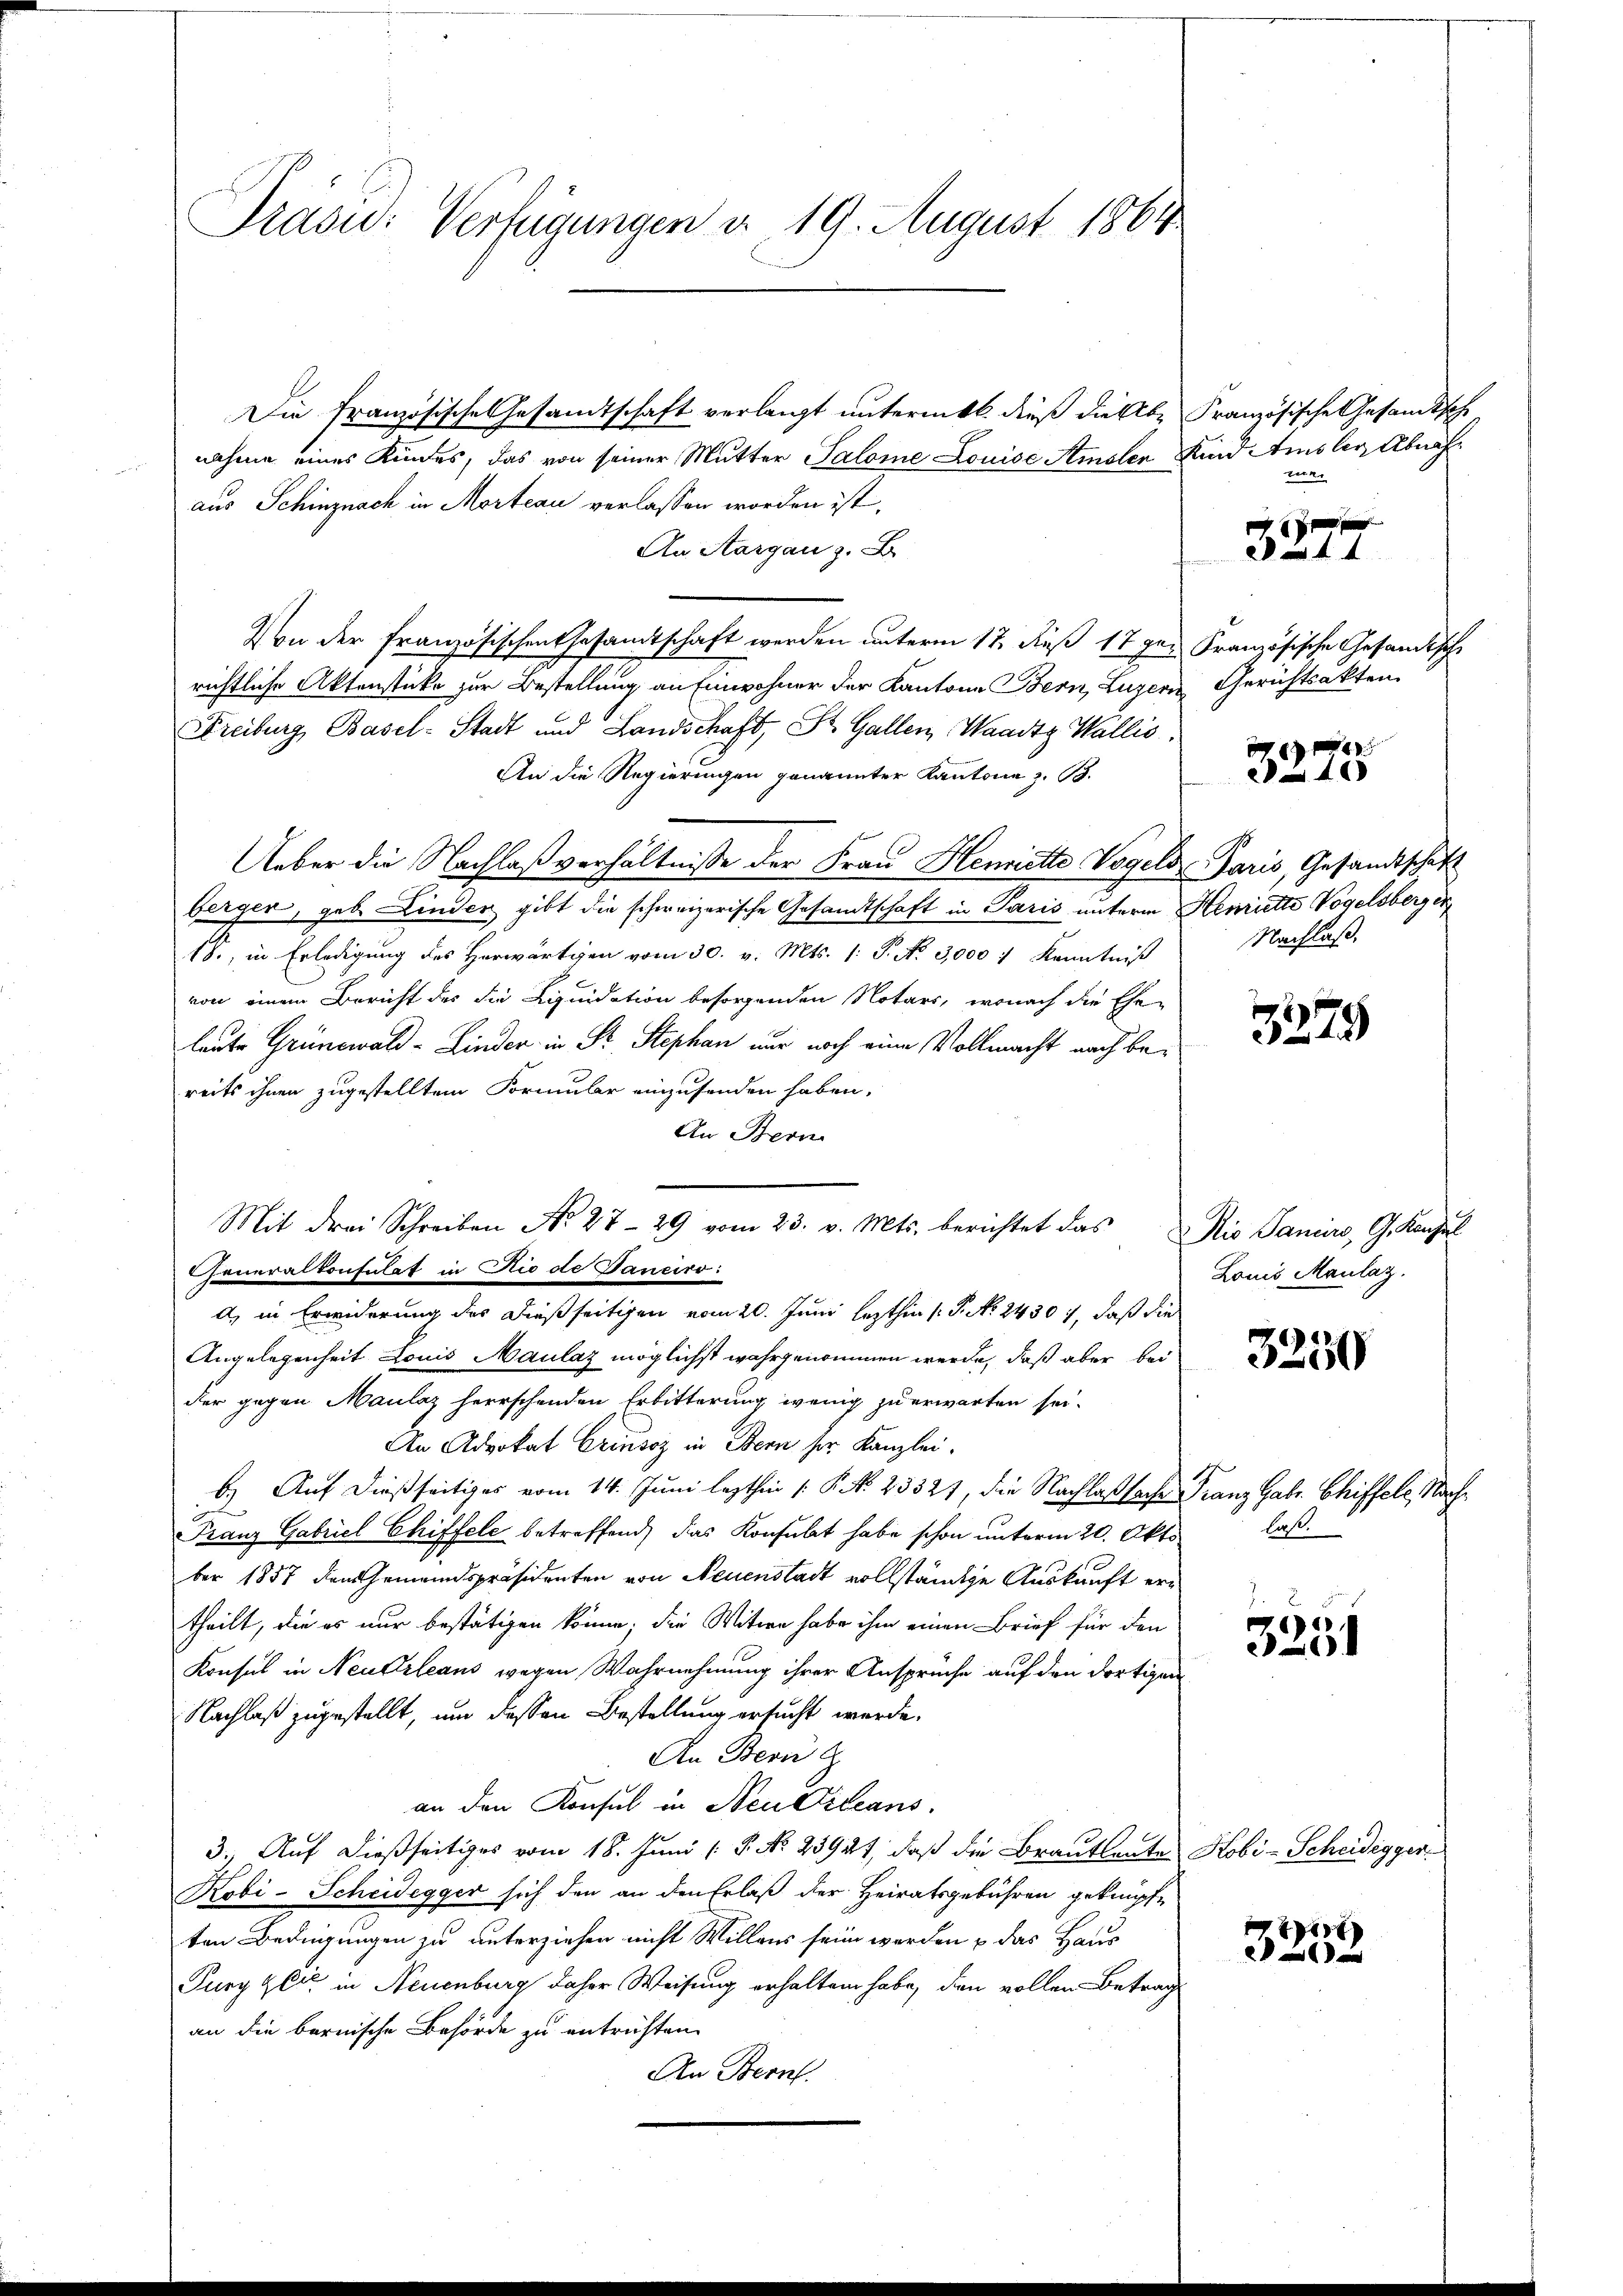
Präsid.: Verfügungen d. 19. August 1864

Die Französische Gesandtschaft verlangt untermitl. dieß dieselbe Französische Gesandtsch
nahme eines Kindes, das von seiner Mutter Salome Louise Amsler Kind Amsler Abnahaus Schinznach in Morteau verlassen worden ist.
An Aargau z. B.
Von der Französischen Gesamtschaft werden unterm 17. Fuß 179. Französische Gesandtische
richtliche Aktenstüke zur Bestellung an Einwohner der Kantone Bern, Luzern Gerichtsakten.
Freiburg, Basel-Stadt und Landschaft, St. Gallen, Waadt, Wallis,
An die Regierungen genannter Kantone z. B.
Ueber die Nachlaßverhältnisse der Frau Henriette Vogels Paris, Gesandtschaft
berger, geb. Linder gibt die schweizerische Gesandtschaft in Paris unterm Hemiette Vogelsberger
18., in Erledigung des Herwärtigen vom 30. v. Mts. 1. P. No 3,000 f Kenntniß
von einem Bericht des die Liquidation besorgenden Notars, wonach die Ehe-
laute Grünewald-Linder in Fr. Stephan nur noch eine Vollmacht nach bereits ihnen zugestelltem Formular einzusenden haben,
An Bern
Mit drei Schreiben No 27. 29 vom 23. v. Mts. berichtet das
Generalkonsulat in die de Janeiro:
d, in Erwiderung des dießseitigen vom 20. Juni lezthin /: P. No. 24307, daß die
Angelegenheit Louis Maulaz möglichst wahrgenommen werde, daß aber bei
der gegen Maulaz herrschenden Erbitterung wenig zu erwarten sei.
An Advokat Criusoz in Bern her Kanzlei.
b.) Auf dießseitiges vom 14. Juni lezthin 1. P. N. 25321, die Nachlaßsache Franz Gabe. Chiffele, Nach¬
Franz Gabriel Chiffele betreffend, das Konsulat habe schon unterm 20. Okto
ber 1857 den Gemeindspräsidenten von Neuenstadt vollständige Auskunft ertheilt, die es nur bestätigen könne; die Witwe habe ihm einen Brief für den
Konsul in Neuerleans wegen Wahrnehmung ihrer Ansprüche auf den dortigen
Nachlaß zugestellt, um dessen Bestellung ersucht werde.
An Bern G
an den Konsul in Neuvileans
3., Auf dießseitiges vom 18. Juni [ P. No. 23927, daß die Brautleute Hobi-Scheidegger
Robi-Scheidegger sich den an den Erlaß der Heiratsgebühren geknüpfe
ten Bedingungen zu unterziehen nicht Willens sein werden & das Haus
Jury zeit in Neuenburg daher Weisung erhalten habe, den vollen Betrag
an die bernische Behörde zu entrichten.
An Bern.

tier

3277

Nachlaß.

40

3279

io Saniirs, G. Kanzel
Louis Maulaz.

3250

laß.
e
0

857
e